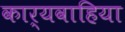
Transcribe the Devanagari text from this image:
कार्यवाहिया